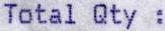
TOTAL QTY :